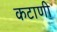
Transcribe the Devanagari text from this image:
कटाणी